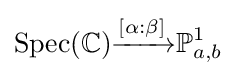
\operatorname {Spec} (\mathbb {C} ){\xrightarrow {[\alpha :\beta ]}}\mathbb {P} _{a,b}^{1}